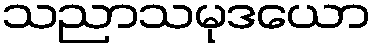
သညာသမုဒယော